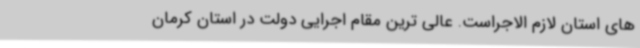
های استان لازم الاجراست. عالی ترین مقام اجرایی دولت در استان کرمان